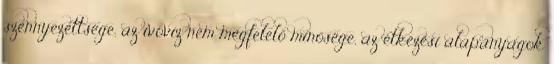
szennyezettsége, az ivóvíz nem megfelelő minősége, az étkezési alapanyagok